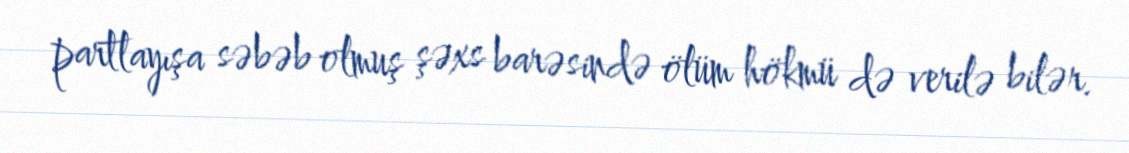
partlayışa səbəb olmuş şəxs barəsində ölüm hökmü də verilə bilər.